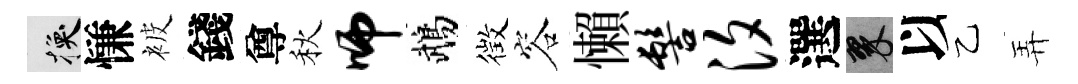
换慊被錢尊秋师鵡徴容懶髻汐選翠以乙弄